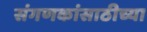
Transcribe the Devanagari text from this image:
संगणकांसाठीच्या